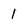
Character: 1